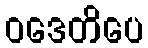
ဝဒေတိပေ